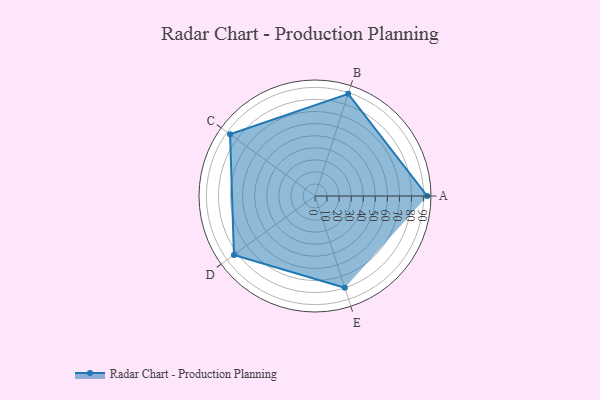
{"axis": {"x": "Skill", "y": "Score"}, "legend": ["Profile"], "data": [{"x": "A", "y": 93.0, "type": "Profile"}, {"x": "B", "y": 89.0, "type": "Profile"}, {"x": "C", "y": 87.0, "type": "Profile"}, {"x": "D", "y": 83.0, "type": "Profile"}, {"x": "E", "y": 80.0, "type": "Profile"}]}